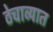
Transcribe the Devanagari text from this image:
ठेचाव्यात